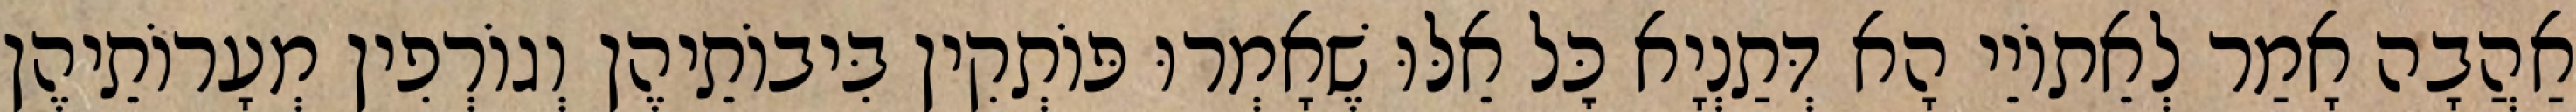
אַהֲבָה אָמַר לְאֵתוֹיֵי הָא דְּתַנְיָא כׇּל אֵלּוּ שֶׁאָמְרוּ פּוֹתְקִין בִּיבוֹתֵיהֶן וְגוֹרְפִין מְעָרוֹתֵיהֶן